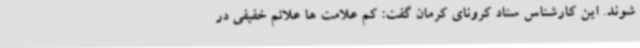
شوند. این کارشناس ستاد کرونای کرمان گفت: کم علامت ها علائم خفیفی در